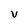
Character: V